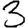
Digit: 3